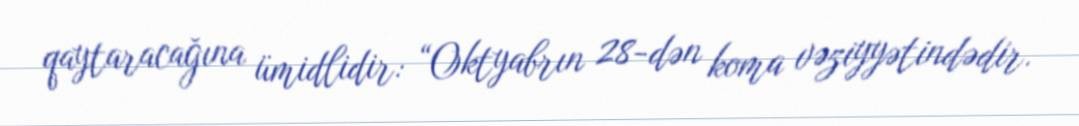
qaytaracağına ümidlidir: “Oktyabrın 28-dən koma vəziyyətindədir.